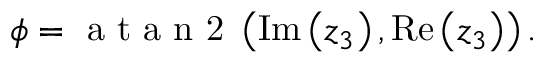
\phi = \mathrm { ~ a ~ t ~ a ~ n ~ 2 ~ } \left( \operatorname { I m } \left( z _ { 3 } \right) , \operatorname { R e } \left( z _ { 3 } \right) \right) .